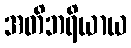
အတိဘရိယာယ